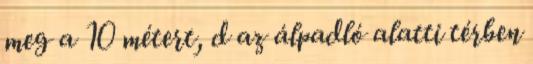
meg a 10 métert, d az álpadló alatti térben